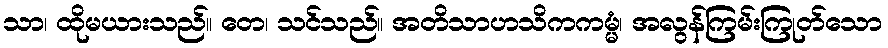
သာ၊ ထိုမယားသည်။ တေ၊ သင်သည်။ အတိသာဟသိကကမ္မံ၊ အလွန်ကြမ်းကြုတ်သော